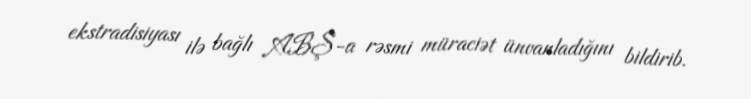
ekstradisiyası ilə bağlı ABŞ-a rəsmi müraciət ünvanladığını bildirib.